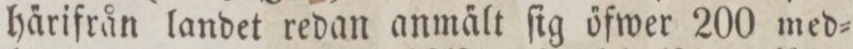
ha̋rifrån landet redan anma̋lt ſig őfwer 200 med=